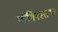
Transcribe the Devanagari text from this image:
योगिनस्तथा